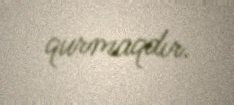
qurmaqdır.